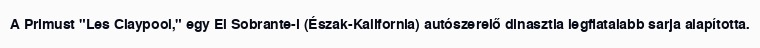
A Primust "Les Claypool," egy El Sobrante-i (Észak-Kalifornia) autószerelő dinasztia legfiatalabb sarja alapította.